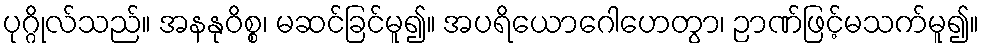
ပုဂ္ဂိုလ်သည်။ အနနုဝိစ္စ၊ မဆင်ခြင်မူ၍။ အပရိယောဂေါဟေတွာ၊ ဉာဏ်ဖြင့်မသက်မူ၍။